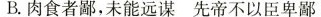
B.肉食者鄙，未能远谋先帝不以臣卑鄙